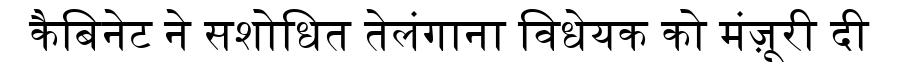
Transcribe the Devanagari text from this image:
कैबिनेट ने सशोधित तेलंगाना विधेयक को मंज़ूरी दी